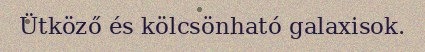
Ütköző és kölcsönható galaxisok.